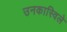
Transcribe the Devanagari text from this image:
उनकास्विले